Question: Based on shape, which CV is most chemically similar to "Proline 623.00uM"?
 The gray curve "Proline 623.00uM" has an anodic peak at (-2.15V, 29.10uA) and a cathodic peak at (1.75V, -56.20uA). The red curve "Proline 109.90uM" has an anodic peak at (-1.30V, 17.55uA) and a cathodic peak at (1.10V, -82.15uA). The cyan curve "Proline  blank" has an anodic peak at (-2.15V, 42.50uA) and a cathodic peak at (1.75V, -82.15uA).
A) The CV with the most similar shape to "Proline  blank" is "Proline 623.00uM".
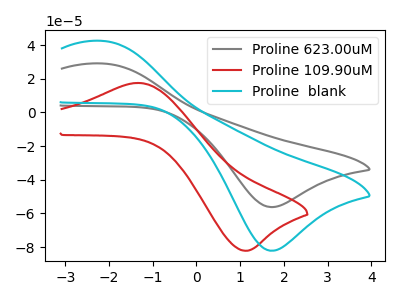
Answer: <think>"Proline 623.00uM" and "Proline 109.90uM" have at least one peak that do not match. All the peaks in "Proline 623.00uM" have a peak in "Proline  blank" at the same potential. Every peak in "Proline 623.00uM" is lower than every peak in "Proline  blank". "Proline 109.90uM" and "Proline  blank" have at least one peak that do not match.
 </think>
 <answer>A) The CV with the most similar shape to "Proline  blank" is "Proline 623.00uM".</answer>
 <eval>A</eval>